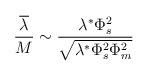
LaTeX: \begin{align*}\frac{\overline\lambda}{M} \sim \frac{\lambda^{*}\Phi_s^2}{\sqrt{\lambda^{*}\Phi^2_s\Phi_m^2}}\end{align*}